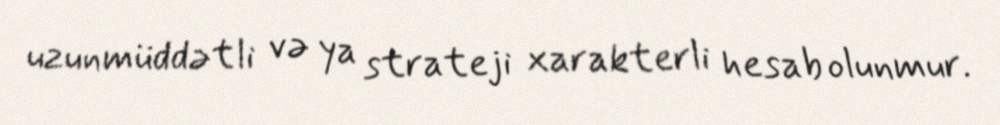
uzunmüddətli və ya strateji xarakterli hesab olunmur.